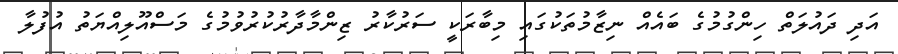
އަދި ދައުލަތް ހިންގުމުގެ ބައެއް ނިޒާމުތަކުގައި މިބާރަކީ ސަރުކާރު ޒިންމާދާރުކުރުވުމުގެ މަސްއޫލިއްޔަތު އުފުލާ